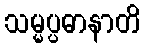
သမ္မပ္ပဓာနာတိ